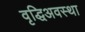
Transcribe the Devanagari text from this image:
वृद्धिअवस्था